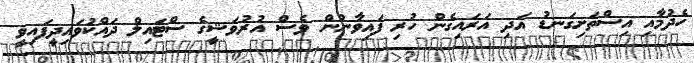
ހެދުމާއި އިސްތަށިގަނޑު އަދި އަރައިގެން ހުރި ފައިވާނުން ވެސް އުރުވަޝީގެ ސްޓައިލް ދައްކުވައިދީފައިވީ